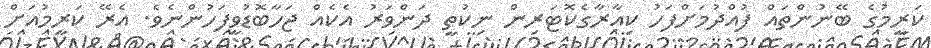
ކަރީމުގެ ބޭނުންތައް ފުއްދުމަށްފަހު ކިއާރާގެކޮޓަރިން ނިކުތީ ދަންވަރު އެކެއް ޖަހާބޮޑުވީފަހުންނެވެ. އެރޭ ކަރީމުއަށް